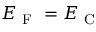
E _ { \mathrm { ~ F ~ } } = E _ { \mathrm { ~ C ~ } }